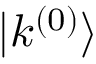
| k ^ { ( 0 ) } \rangle